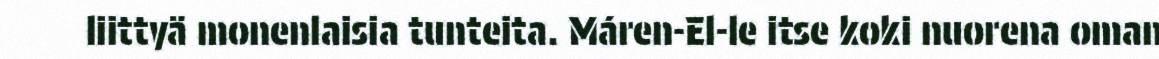
liittyä monenlaisia tunteita. Máren-El-le itse koki nuorena oman